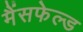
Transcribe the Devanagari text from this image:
मैंसफेल्ड